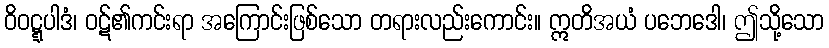
ဝိဝဋ္ဋပါဒံ၊ ဝဋ်၏ကင်းရာ အကြောင်းဖြစ်သော တရားလည်းကောင်း။ ဣတိအယံ ပဘေဒေါ၊ ဤသို့သော